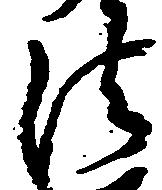
法